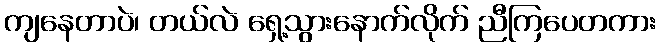
ကျနေတာပဲ၊ တယ်လဲ ရှေ့သွားနောက်လိုက် ညီကြပေတကား